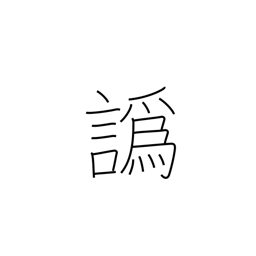
Meaning: accent